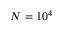
N = 1 0 ^ { 4 }